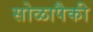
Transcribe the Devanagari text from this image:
सोळापैकी